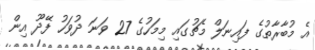
އެ މުބާރާތުގެ ފައިނަލް މެޗުގައި މިމަހުގެ 27 ވަނަ ދުވަހު ފޭދޫ އިން